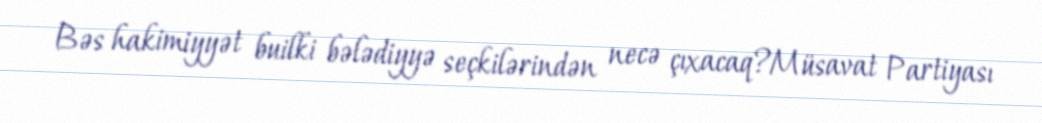
Bəs hakimiyyət builki bələdiyyə seçkilərindən necə çıxacaq?Müsavat Partiyası